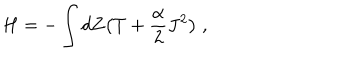
H = - \int d Z \bigl ( T + \frac { \alpha } { 2 } J ^ { 2 } \bigr ) \; ,